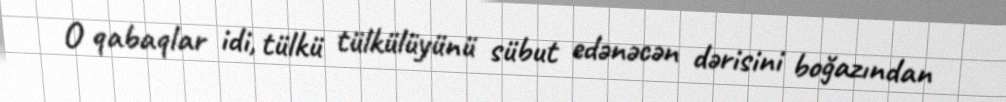
O qabaqlar idi, tülkü tülkülüyünü sübut edənəcən dərisini boğazından